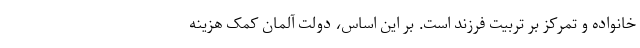
خانواده و تمرکز بر تربیت فرزند است. بر این اساس، دولت آلمان کمک هزینه